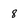
Character: 8